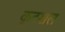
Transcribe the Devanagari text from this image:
कूटशल